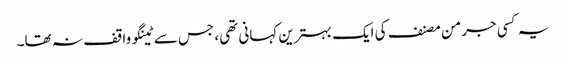
یہ کسی جرمن مصنف کی ایک بہترین کہانی تھی، جس سے ٹینگو واقف نہ تھا۔